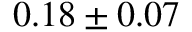
0 . 1 8 \pm 0 . 0 7